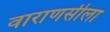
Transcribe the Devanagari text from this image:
वाराणसीला